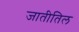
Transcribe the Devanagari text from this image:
जातीतिल